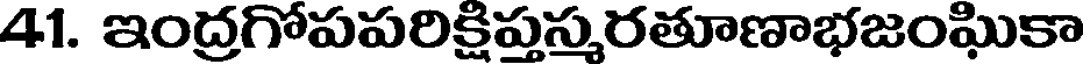
41. ఇంద్రగోపపరిక్షిప్తస్మరతూణాభజంఘికా